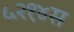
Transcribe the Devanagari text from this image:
५२१४स